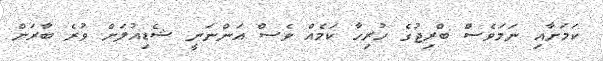
ކަމަށާއި ނަމަވެސް ބްރިޖުގެ ހުރިހާ ކަމެއް ވެސް އަންނަނީ ޝެޑިއުލަށް ވުރެ ބާރަށް